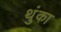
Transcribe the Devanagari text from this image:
थुंका